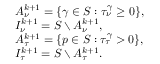
\begin{array} { r l } & { { \cal A } _ { \nu } ^ { k + 1 } = \{ \gamma \in { \cal S } : \tau _ { \nu } ^ { \gamma } \geq 0 \} , } \\ & { { \cal I } _ { \nu } ^ { k + 1 } = { \cal S } \setminus { \cal A } _ { \nu } ^ { k + 1 } , } \\ & { { \cal A } _ { \tau } ^ { k + 1 } = \{ p \in { \cal S } : \tau _ { \tau } ^ { \gamma } > 0 \} , } \\ & { { \cal I } _ { \tau } ^ { k + 1 } = { \cal S } \setminus { \cal A } _ { \tau } ^ { k + 1 } . } \end{array}